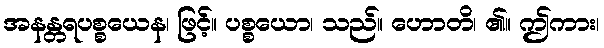
အနန္တရပစ္စယေန၊ ဖြင့်။ ပစ္စယော၊ သည်။ ဟောတိ၊ ၏။ ဤကား၊